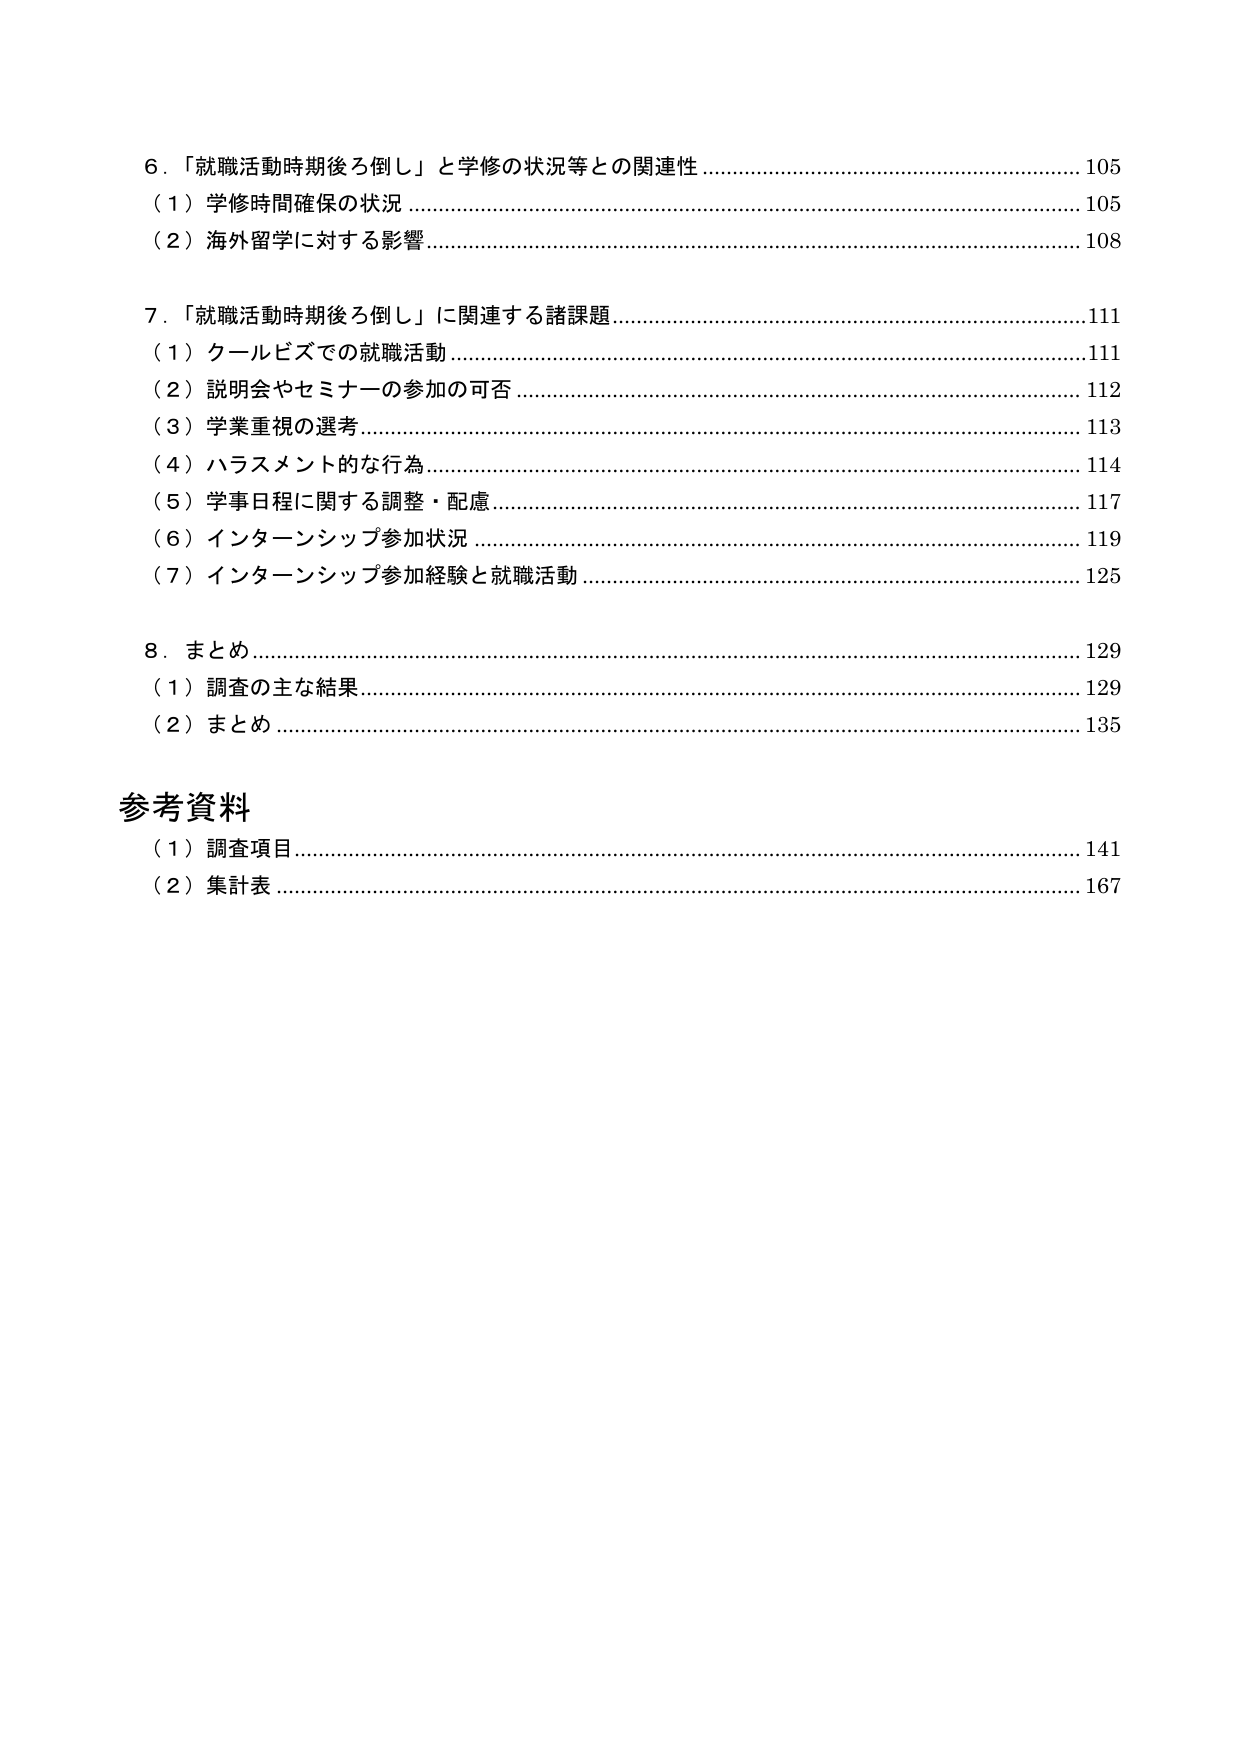
6．「就職活動時期後ろ倒し」と学修の状況等との関連性 ………………………………………… 105
（1）学修時間確保の状況 ……………………………………………………………………………… 105
（2）海外留学に対する影響 …………………………………………………………………………… 108

7．「就職活動時期後ろ倒し」に関連する諸課題 ………………………………………………… 111
（1）クールビズでの就職活動 ………………………………………………………………………… 111
（2）説明会やセミナーの参加の可否 ……………………………………………………………… 112
（3）学業重視の選考 …………………………………………………………………………………… 113
（4）ハラスメント的な行為 …………………………………………………………………………… 114
（5）学事日程に関する調整・配慮 ………………………………………………………………… 117
（6）インターンシップ参加状況 ……………………………………………………………………… 119
（7）インターンシップ参加経験と就職活動 ……………………………………………………… 125

8．まとめ ………………………………………………………………………………………………… 129
（1）調査の主な結果 …………………………………………………………………………………… 129
（2）まとめ ……………………………………………………………………………………………… 135

参考資料
（1）調査項目 …………………………………………………………………………………………… 141
（2）集計表 ……………………………………………………………………………………………… 167